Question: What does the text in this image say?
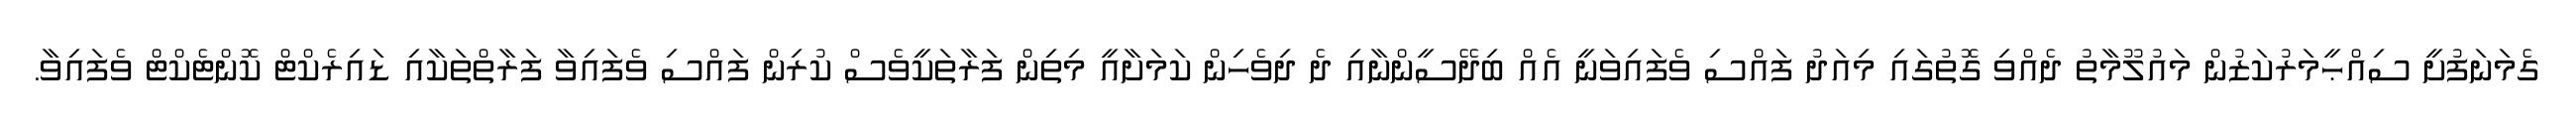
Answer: ގެމަނަފުށީ ސިއްޙީމަރުކަޒުން މައުލޫމާތު ދެއްވި ގޮތުގައި މިއަދު ފައްސި ވެފައިވަނީ އެއް ބިދޭސީންނާއި ދެ ދިވެހިން ކަމަށާއީ މިތިން ފަރާތަކީވެސް ކުރިން ފައްސި ވެފައިވާ ފަރާތްތަކާއި ޑައިރެކްޓް ކޮންޓެކްޓް ވެފައިވާ.